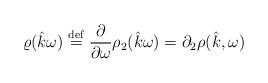
LaTeX: \begin{align*} \varrho(\hat{k}\omega)\stackrel{\mathrm{def}}{=}\frac{\partial}{\partial\omega}\rho_2(\hat{k}\omega)=\partial_2\rho(\hat{k },\omega)\end{align*}